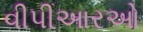
વીપીઆરઓ